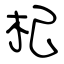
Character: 杞